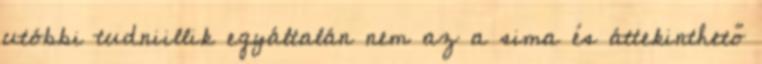
utóbbi tudniillik egyáltalán nem az a sima és áttekinthető